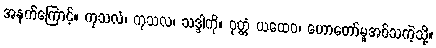
အနက်ကြောင့်။ ကုသလံ၊ ကုသလ၊ သဒ္ဒါကို။ ဝုတ္တံ ယထေဝ၊ ဟောတော်မူအပ်သကဲ့သို့။